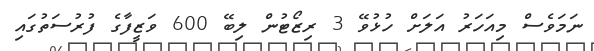
ނަމަވެސް މިއަހަރު އަލަށް ހުޅުވޭ 3 ރިޒޯޓުން ލިބޭ 600 ވަޒީފާގެ ފުރުސަތުގައި